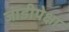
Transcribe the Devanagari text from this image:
जाडीपेक्षा